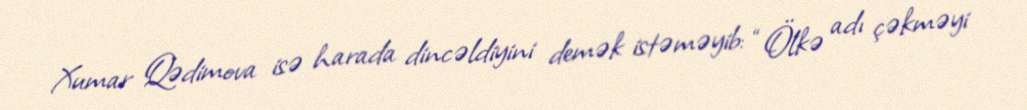
Xumar Qədimova isə harada dincəldiyini demək istəməyib: “Ölkə adı çəkməyi